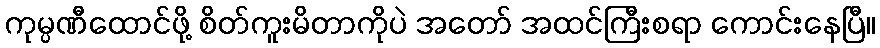
ကုမ္ပဏီထောင်ဖို့ စိတ်ကူးမိတာကိုပဲ အတော် အထင်ကြီးစရာ ကောင်းနေပြီ။